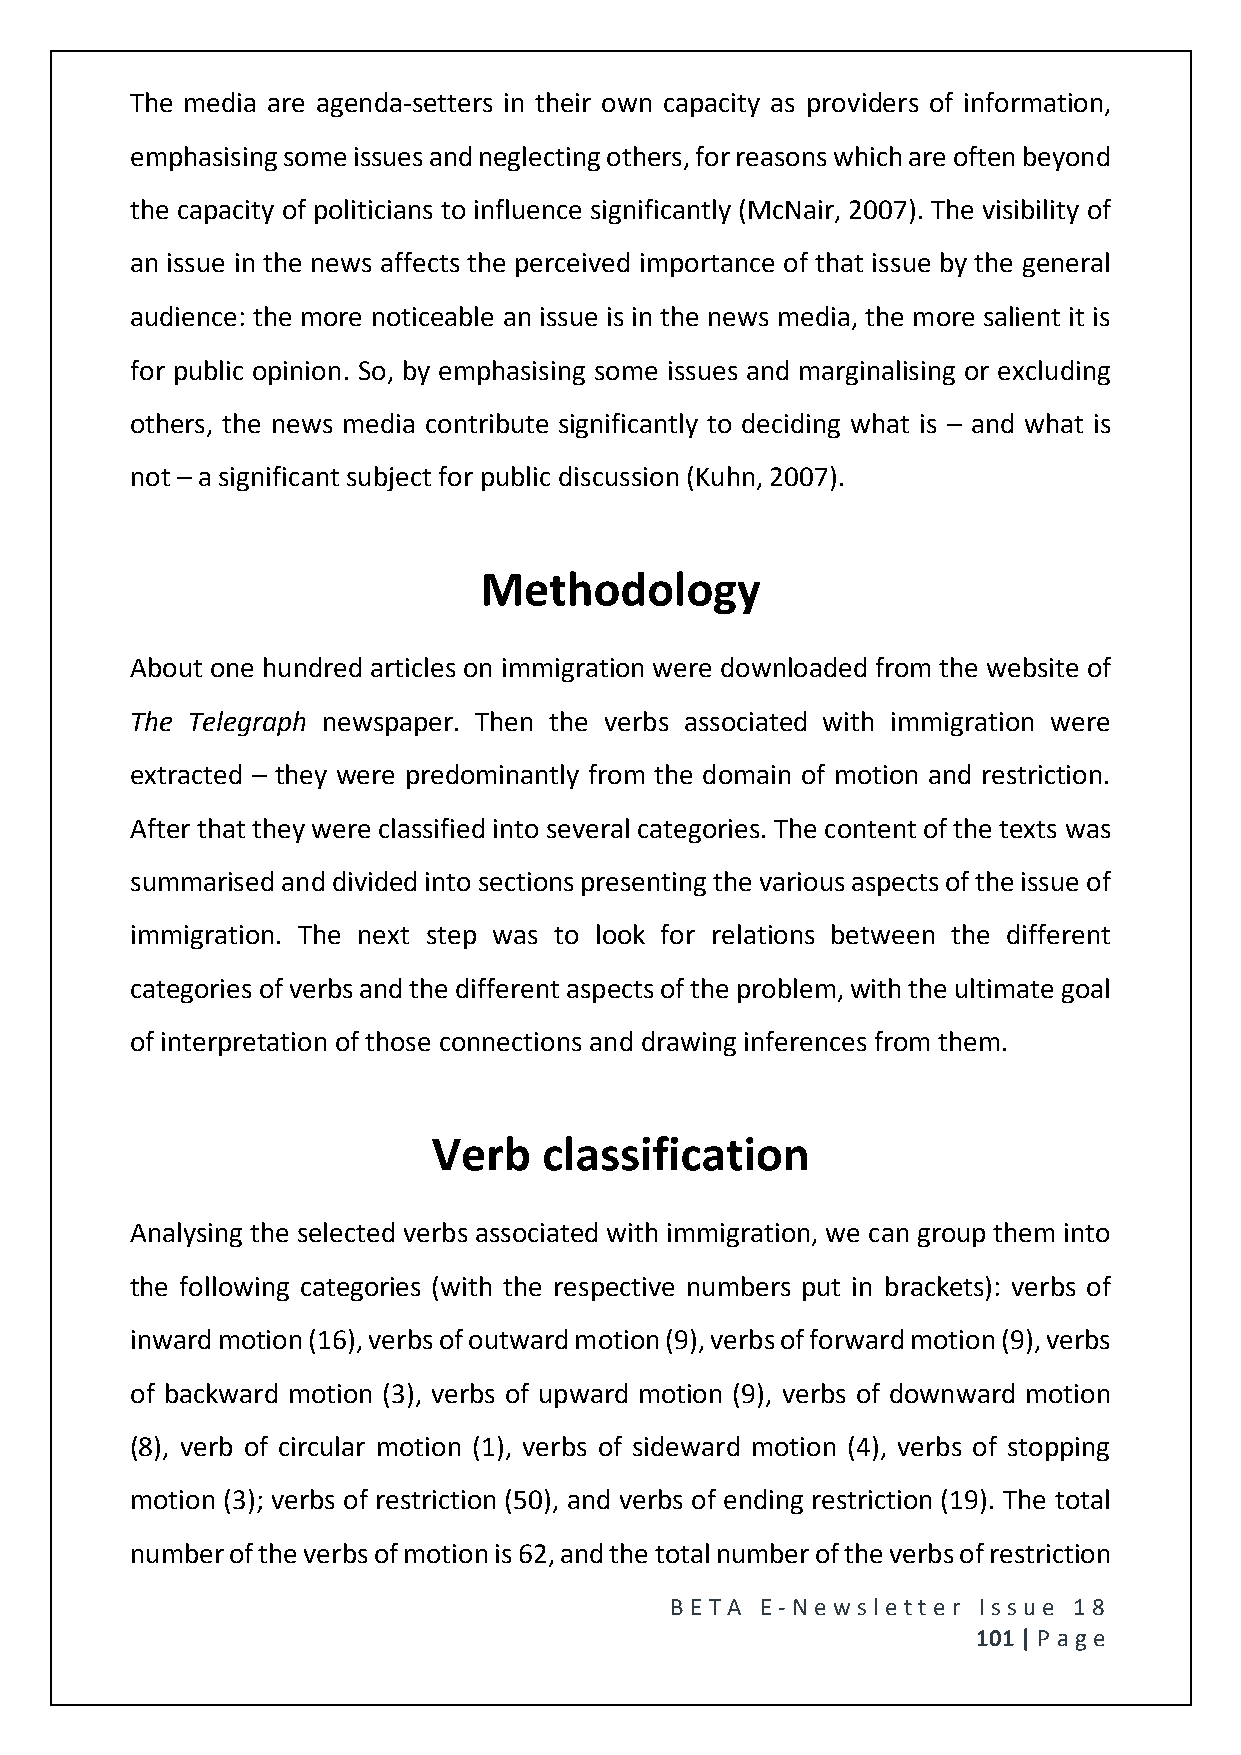
The media are agenda-setters in their own capacity as providers of information,
 emphasising some issues and neglecting others, for reasons which are often beyond
 the capacity of politicians to influence significantly (McNair, 2007). The visibility of
 an issue in the news affects the perceived importance of that issue by the general
 audience: the more noticeable an issue is in the news media, the more salient it is
 for public opinion. So, by emphasising some issues and marginalising or excluding
 others, the news media contribute significantly to deciding what is – and what is
 not – a significant subject for public discussion (Kuhn, 2007).
 Methodology
 About one hundred articles on immigration were downloaded from the website of
 The Telegraph newspaper. Then the verbs associated with immigration were
 extracted – they were predominantly from the domain of motion and restriction.
 After that they were classified into several categories. The content of the texts was
 summarised and divided into sections presenting the various aspects of the issue of
 immigration. The next step was to look for relations between the different
 categories of verbs and the different aspects of the problem, with the ultimate goal
 of interpretation of those connections and drawing inferences from them.
 Verb   classification
 Analysing the selected verbs associated with immigration, we can group them into
 the following categories (with the respective numbers put in brackets): verbs of
 inward motion (16), verbs of outward motion (9), verbs of forward motion (9), verbs
 of backward motion (3), verbs of upward motion (9), verbs of downward motion
 (8), verb of circular motion (1), verbs of sideward motion (4), verbs of stopping
 motion (3); verbs of restriction (50), and verbs of ending restriction (19). The total
 number of the verbs of motion is 62, and the total number of the verbs of restriction
 BE T A E -N e wsle tt e r Issue 18
 101 | P age